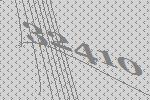
32410